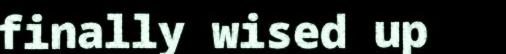
finally wised up